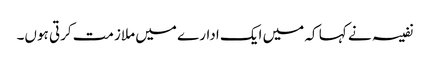
نفیسہ نے کہا کہ میں ایک ادارے میں ملازمت کرتی ہوں۔